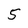
Character: 5